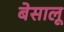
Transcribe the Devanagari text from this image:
बेसालू